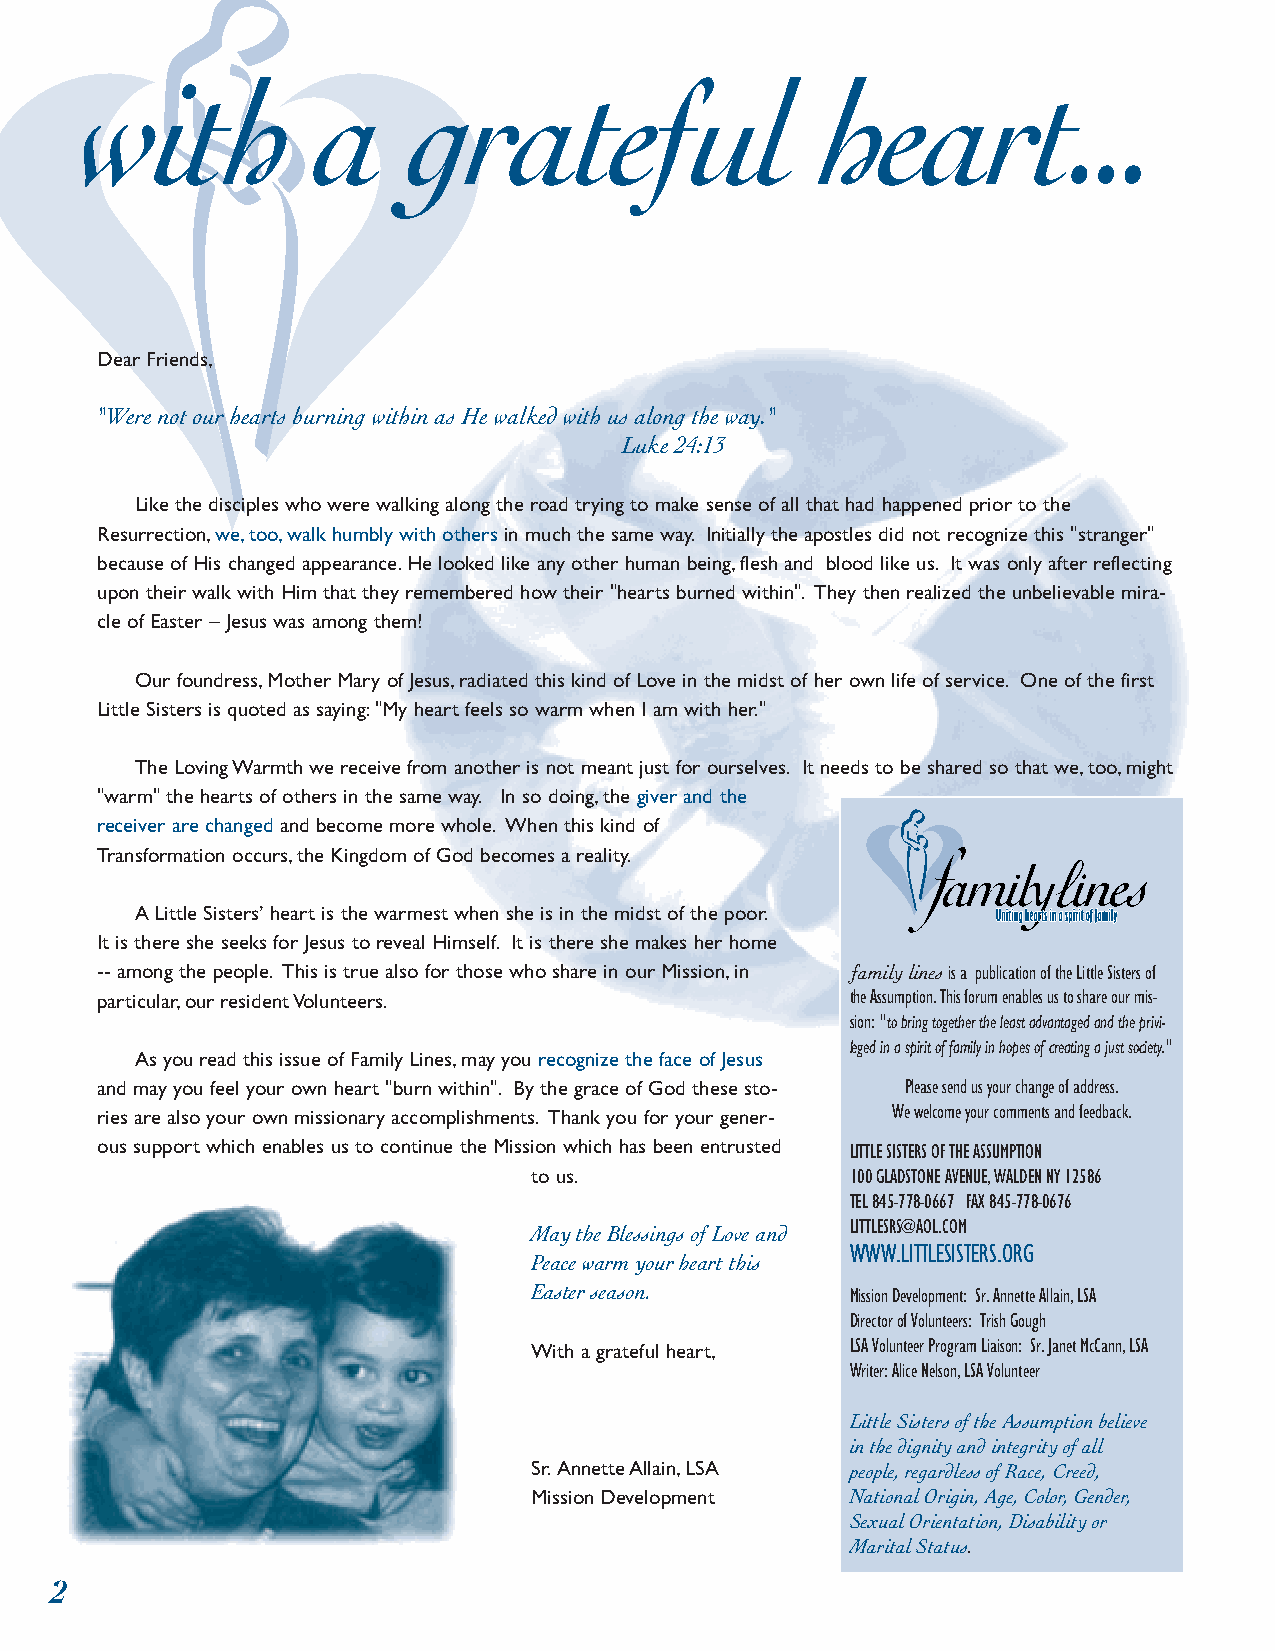
with            a     grateful                   heart...
 Dear Friends,
 "Were not our hearts burning within as He walked with us along the way."
 Luke 24:13
 Like the disciples who were walking along the road trying to make sense of all that had happened prior to the
 Resurrection,we,too,walk humbly with others in much the same way. Initially the apostles did not recognize this "stranger"
 because of His changed appearance.He looked like any other human being,flesh and blood like us. It was only after reflecting
 upon their walk with Him that they remembered how their "hearts burned within". They then realized the unbelievable mira-
 cle of Easter – Jesus was among them!
 Our foundress,Mother Mary of Jesus,radiated this kind of Love in the midst of her own life of service. One of the first
 Little Sisters is quoted as saying:"My heart feels so warm when I am with her."
 The Loving Warmth we receive from another is not meant just for ourselves. It needs to be shared so that we,too,might
 "warm" the hearts of others in the same way. In so doing,the giver and the
 receiver are changed and become more whole. When this kind of
 Transformation occurs,the Kingdom of God becomes a reality.
 A Little Sisters’ heart is the warmest when she is in the midst of the poor.
 It is there she seeks for Jesus to reveal Himself. It is there she makes her home
 -- among the people. This is true also for those who share in our Mission,in ƒamily linesis a publication of the Little Sisters of
 particular,our resident Volunteers.               the Assumption.This forum enables us to share our mis-
 sion: "to bring together the least advantaged and the privi-
 leged in a spirit of family in hopes of creating a just society."
 As you read this issue of Family Lines,may you recognize the face of Jesus
 and may you feel your own heart "burn within". By the grace of God these sto- Please send us your change of address.
 ries are also your own missionary accomplishments. Thank you for your gener- We welcome your comments and feedback.
 ous support which enables us to continue the Mission which has been entrusted LITTLE SISTERS OF THE ASSUMPTION
 to us.               100 GLADSTONE AVENUE,WALDEN NY 12586
 TEL 845-778-0667 FAX 845-778-0676
 LITTLESRS@AOL.COM
 May the Blessings of Love and
 WWW.LITTLESISTERS.ORG
 Peace warm your heart this
 Easter season.       Mission Development: Sr.Annette Allain,LSA
 Director of Volunteers: Trish Gough
 With a grateful heart, LSA Volunteer Program Liaison: Sr.Janet McCann,LSA
 Writer: Alice Nelson,LSA Volunteer
 Little Sisters of the Assumption believe
 in the dignity and integrity of all
 Sr.Annette Allain,LSA people, regardless of Race, Creed,
 Mission Development  National Origin, Age, Color, Gender,
 Sexual Orientation, Disability or
 Marital Status.
 2